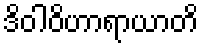
ဒိဝါဝိဟာရာယာတိ